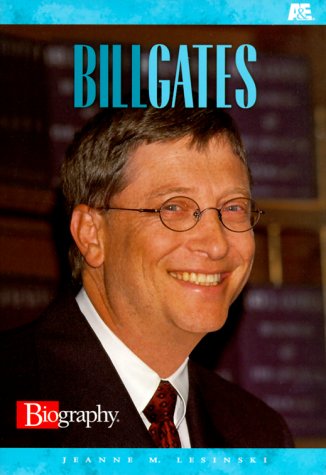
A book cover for Bill Gates (A & E Biography (Lerner Paperback)); Jeanne M. Lesinski; Children's Books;